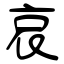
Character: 哀